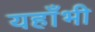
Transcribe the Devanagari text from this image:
यहाँभी